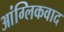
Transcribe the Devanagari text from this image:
आंग्लिकवाद